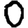
Digit: 0